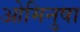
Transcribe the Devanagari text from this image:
ओमिनुषा